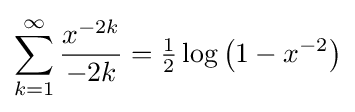
\sum _{k=1}^{\infty }{\frac {x^{-2k}}{-2k}}={\tfrac {1}{2}}\log \left(1-x^{-2}\right)